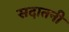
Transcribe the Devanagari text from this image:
सदातनी